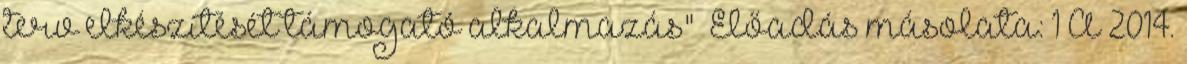
terv elkészítését támogató alkalmazás"— Előadás másolata: 1 A 2014.